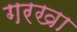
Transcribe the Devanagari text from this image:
गरखा